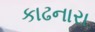
કાઢનારા